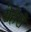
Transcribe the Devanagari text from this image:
सेहेरों